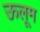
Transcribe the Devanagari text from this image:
ऊलूम